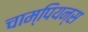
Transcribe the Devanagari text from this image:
चाम्पियन्स